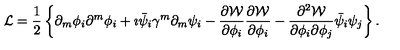
{ \cal L } = \frac { 1 } { 2 } \left\{ \partial _ { m } \phi _ { i } \partial ^ { m } \phi _ { i } + \imath \bar { \psi } _ { i } \gamma ^ { m } \partial _ { m } \psi _ { i } - \frac { \partial { \cal W } } { \partial \phi _ { i } } \frac { \partial { \cal W } } { \partial \phi _ { i } } - \frac { \partial ^ { 2 } { \cal W } } { \partial \phi _ { i } \partial \phi _ { j } } \bar { \psi } _ { i } \psi _ { j } \right\} .